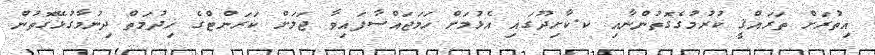
އިތުރަށް ތަރައްޤީ ކުރުމުގެގޮތުންނާއި ކ.ކާށިދޫގައި އެޅުމަށް ހަމަޖައްސާފައިވާ ޖަލަށް ކަރަންޓްގެ ޚިދުމަތް ދިނުމާގުޅޭގޮތުން